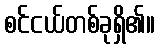
စင်ငယ်တစ်ခုရှိ၏။